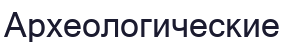
Археологические